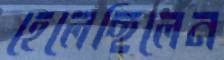
হেলেছিলেন